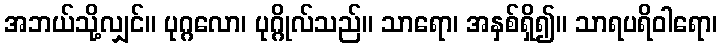
အဘယ်သို့လျှင်။ ပုဂ္ဂလော၊ ပုဂ္ဂိုလ်သည်။ သာရော၊ အနှစ်ရှိ၍။ သာရပရိဝါရော၊